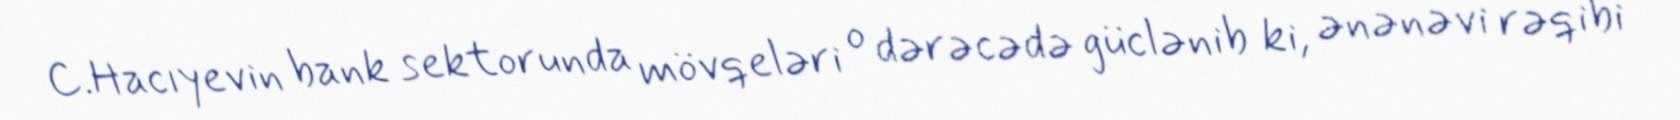
C.Hacıyevin bank sektorunda mövqeləri o dərəcədə güclənib ki, ənənəvi rəqibi